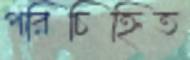
পরিচিহ্নিত